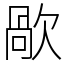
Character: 歄